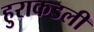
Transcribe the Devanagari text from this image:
हुराकडली